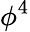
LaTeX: \phi^{4}